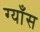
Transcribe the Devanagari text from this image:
ग्याँस